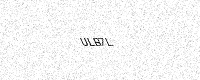
Text: ULB7L